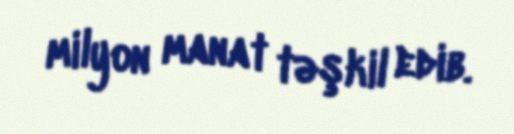
milyon manat təşkil edib.